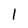
Character: 1